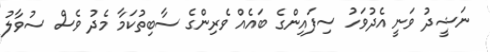
ނަޝީދު ވަނީ އެދުވަހު ސިފައިންގެ ބައެއް ވެރިންގެ ސާބިތުކަމާ މެދު ވެސް ސުވާލު